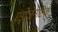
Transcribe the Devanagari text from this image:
एंड्रोजेनेटिक